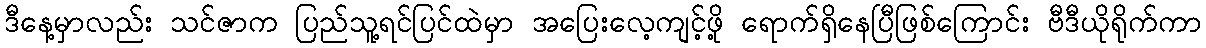
ဒီနေ့မှာလည်း သင်ဇာက ပြည်သူ့ရင်ပြင်ထဲမှာ အပြေးလေ့ကျင့်ဖို့ ရောက်ရှိနေပြီဖြစ်ကြောင်း ဗီဒီယိုရိုက်ကာ